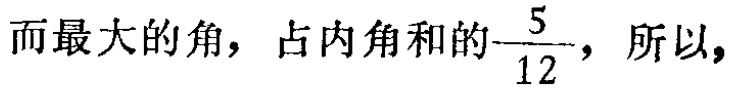
而最大的角，占内角和的$\frac{5}{12}$，所以，